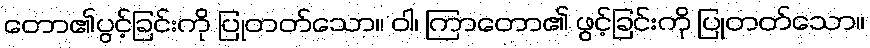
တော၏ပွင့်ခြင်းကို ပြုတတ်သော။ ဝါ၊ ကြာတော၏ ဖွင့်ခြင်းကို ပြုတတ်သော။